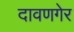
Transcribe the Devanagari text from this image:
दावणगेर